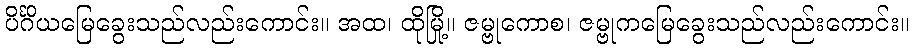
ပိင်္ဂိယမြေခွေးသည်လည်းကောင်း။ အထ၊ ထိုမြို့။ ဇမ္ဗုကောစ၊ ဇမ္ဗုကမြေခွေးသည်လည်းကောင်း။